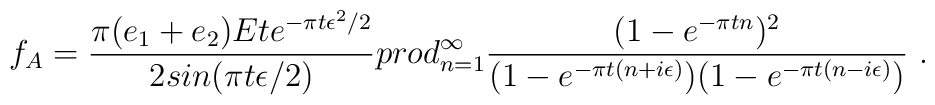
f_A = {\pi(e_1+e_2)Et e^{-\pi t \epsilon^2 / 2}\over 2sin(\pi t \epsilon/2)}\\prod_{n=1}^{\infty}{(1-e^{-\pi t n})^2 \over  (1-e^{-\pi t(n+i\epsilon)})(1-e^{-\pi t(n-i\epsilon)}) } \ .